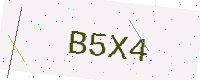
Text: B5X4